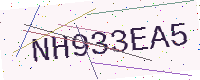
Text: NH933EA5